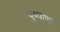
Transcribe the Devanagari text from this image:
पुष्पाणां